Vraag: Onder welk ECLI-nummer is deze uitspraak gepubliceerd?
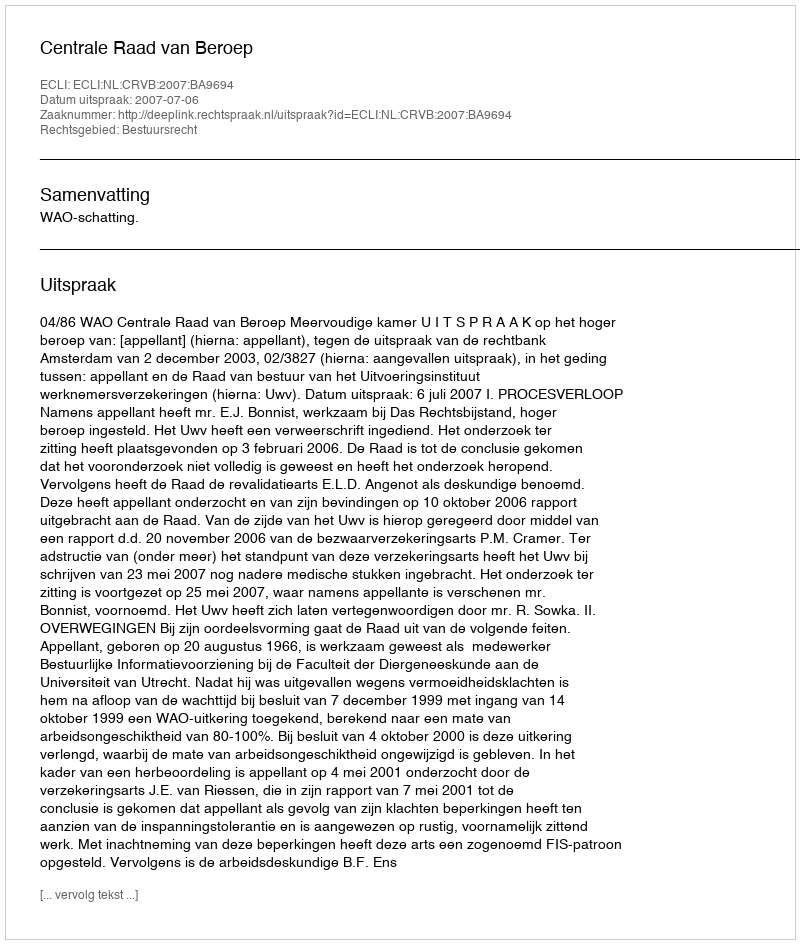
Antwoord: ECLI:NL:CRVB:2007:BA9694